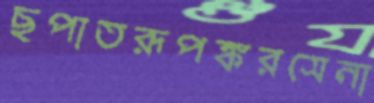
ছপাতরূপঙ্করসেনা